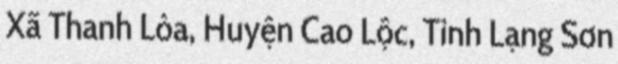
Xã Thanh Lòa, Huyện Cao Lộc, Tỉnh Lạng Sơn